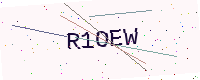
Text: R1OEW